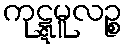
ကုဋ္ဋမူလဉ္စ